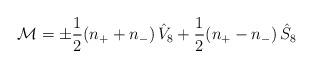
LaTeX: \begin{align*}{\cal M} = \pm \frac{1}{2} (n_+ + n_-) \, \hat V _8 + \frac{1}{2} (n_+ -n_-) \, \hat S _8\end{align*}